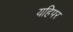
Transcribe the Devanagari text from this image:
यहिपर